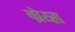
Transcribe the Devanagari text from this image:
ग्रेय्स